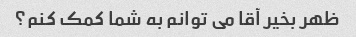
ظهر بخیر آقا می توانم به شما کمک کنم؟